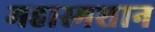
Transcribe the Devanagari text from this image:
महास्मशान